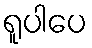
ရူပါပေ